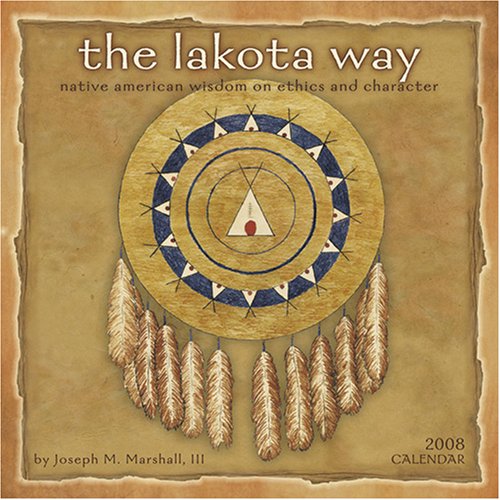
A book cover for The Lakota Way 2008 Calendar: Native American Wisdom on Ethics and Character; Joseph M. Marshall III; Calendars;